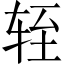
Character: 轾